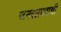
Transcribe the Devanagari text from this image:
जनरलपदाची